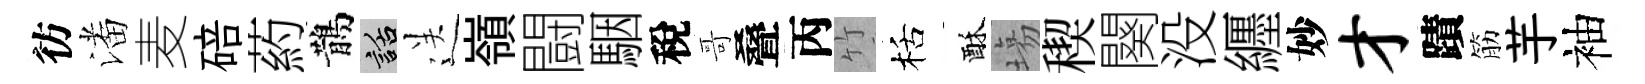
彷潘麦碚葯鵲話送嶺闘駰稅哥叠丙竹栝酥塲稧闋没纒妙才蹟筋芋袖